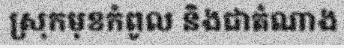
ស្រុកមុខកំពូល និងជាតំណាង